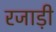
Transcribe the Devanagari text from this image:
रजाड़ी